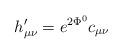
LaTeX: \begin{align*}h_{\mu\nu}'= e^{2\Phi^0 }c_{\mu\nu}\end{align*}